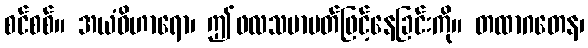
စင်စစ်။ အယံဝိဟာရော၊ ဤဖလသမာပတ်ဖြင့်နေခြင်းကို။ တထာဂတေန၊